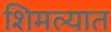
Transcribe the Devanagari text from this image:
शिमल्यात